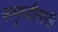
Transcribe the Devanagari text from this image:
समृध्दीसाठी